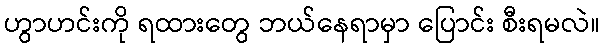
ဟွာဟင်းကို ရထားတွေ ဘယ်နေရာမှာ ပြောင်း စီးရမလဲ။